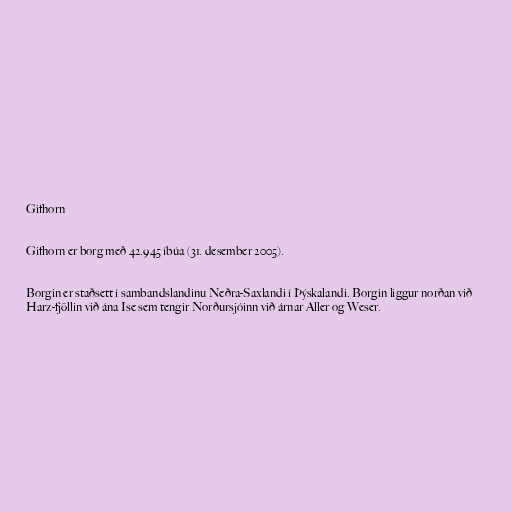
Gifhorn

Gifhorn er borg með 42.945 íbúa (31. desember 2005).

Borgin er staðsett í sambandslandinu Neðra-Saxlandi í Þýskalandi. Borgin liggur norðan við
Harz-fjöllin við ána Ise sem tengir Norðursjóinn við árnar Aller og Weser.